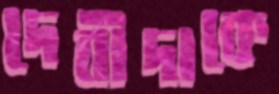
দেবীদাকে